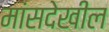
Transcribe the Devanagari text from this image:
मांसदेखील